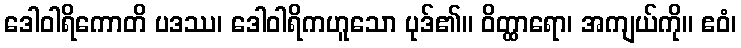
ဒေါဝါရိကောတိ ပဒဿ၊ ဒေါဝါရိကဟူသော ပုဒ်၏။ ဝိတ္ထာရော၊ အကျယ်ကို။ ဧဝံ၊